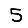
Digit: 5